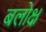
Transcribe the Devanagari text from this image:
बलोक्ष